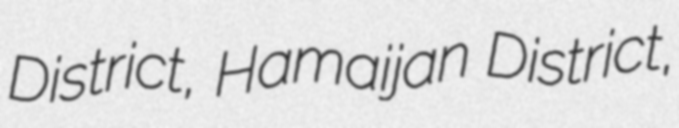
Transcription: District, Hamaijan District,